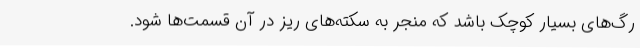
رگ‌های بسیار کوچک باشد که منجر به سکته‌های ریز در آن قسمت‌ها شود.